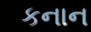
કનાન